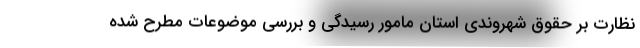
نظارت بر حقوق شهروندی استان مامور رسیدگی و بررسی موضوعات مطرح شده